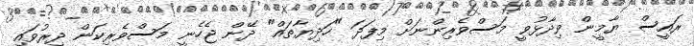
ރައީސް ޔާމީން ވިދާޅުވީ މަސްވެރިންނަށް މިފަދަ "ހަދިޔާތައް" ދޭން ޖެހެނީ މަސްވެރިކަން ދިރުވައި